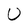
Character: U